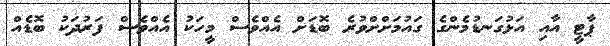
ޕާޓީ އާއި އަޅުގަނޑުމެންގެ ގައުމަށްށްވުރެ ބޮޑަށް އެއްވެސް މީހަކު އެއްވެސް ފަރުދަކު ބޮޑެއް